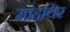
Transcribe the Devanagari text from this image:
माहथिर